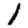
Digit: 1